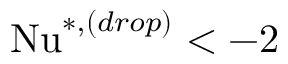
\mathrm { N u } ^ { * , ( d r o p ) } < - 2